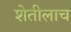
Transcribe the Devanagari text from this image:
शेतीलाच